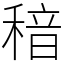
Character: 䅧